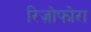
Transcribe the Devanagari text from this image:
रिज़ोफोरा